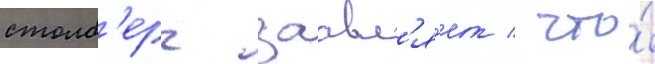
столб'ерг заавл'я́ет / что́